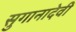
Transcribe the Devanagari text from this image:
सुगानादेवी